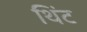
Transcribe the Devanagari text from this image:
थिंट